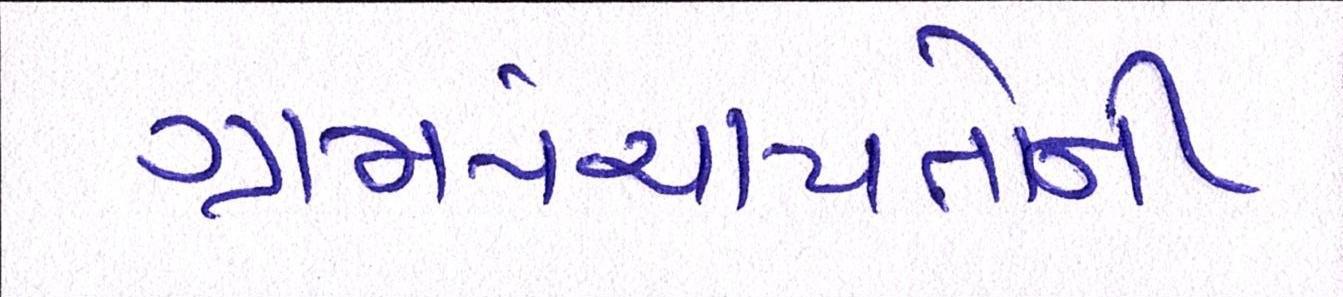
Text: ગ્રામપંચાયતોની